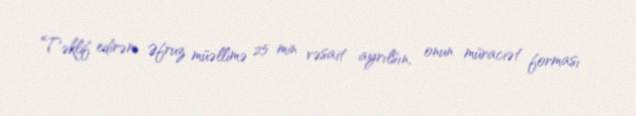
Təklif edirəm Əfruz müəllimə 25 min vəsait ayrılsın, onun müraciət forması